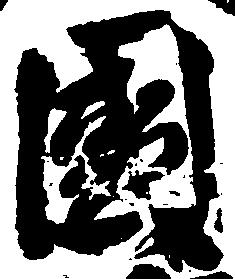
国